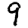
Digit: 9